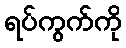
ရပ်ကွက်ကို